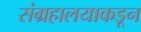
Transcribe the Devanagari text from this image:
संग्रहालयाकडून